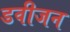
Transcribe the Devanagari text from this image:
डवीजन